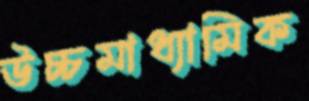
উচ্চমাধ্যামিক